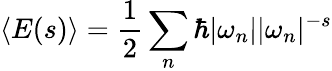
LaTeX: \langle E(s)\rangle={\frac{1}{2}}\sum_{n}\hbar|\omega_{n}||\omega_{n}|^{-s}